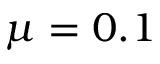
\mu = 0 . 1